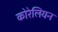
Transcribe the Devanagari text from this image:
कोरेलियन